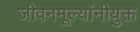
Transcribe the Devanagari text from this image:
जीवनमूल्यांनीयुक्त